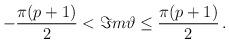
LaTeX: \begin{align*}-\frac{\pi (p+1)}{2}<\Im m\vartheta \leq \frac{\pi (p+1)}{2}\, .\end{align*}